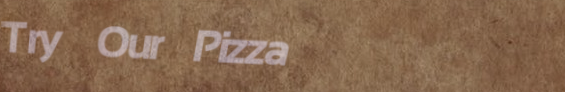
Try Our Pizza